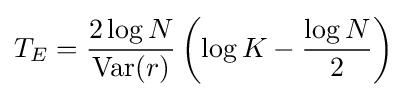
T_{E}={\frac {2\log N}{\operatorname {Var} (r)}}\left(\log K-{\frac {\log N}{2}}\right)